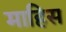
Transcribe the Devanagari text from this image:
माहिस